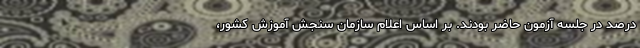
درصد در جلسه آزمون حاضر بودند. بر اساس اعلام سازمان سنجش آموزش کشور،